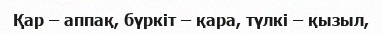
Қар – аппақ, бүркіт – қара, түлкі – қызыл,